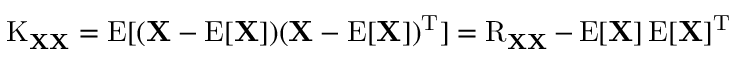
\operatorname { K } _ { \mathbf { X } \mathbf { X } } = \operatorname { E } [ ( \mathbf { X } - \operatorname { E } [ \mathbf { X } ] ) ( \mathbf { X } - \operatorname { E } [ \mathbf { X } ] ) ^ { \mathrm { { T } } } ] = \operatorname { R } _ { \mathbf { X } \mathbf { X } } - \operatorname { E } [ \mathbf { X } ] \operatorname { E } [ \mathbf { X } ] ^ { \mathrm { { T } } }